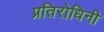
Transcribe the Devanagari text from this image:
प्रतिरोधिनी